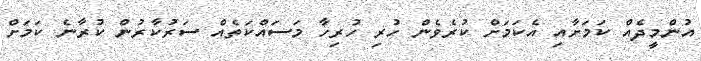
އުންމީދެއް ކަމަށާއި އެކަމަށް ކުރެވެން ހުރި ހުރިހާ މަސައްކަތެއް ސަރުކާރުން ކުރާނެ ކަމަށް